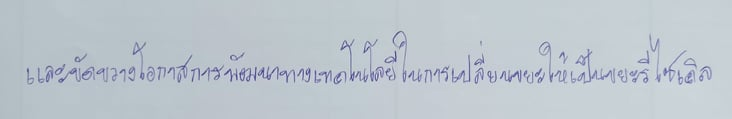
และขัดขวางโอกาสการพัฒนาทางเทคโนโลยีในการเปลี่ยนขยะให้เป็นขยะรีไซเคิล